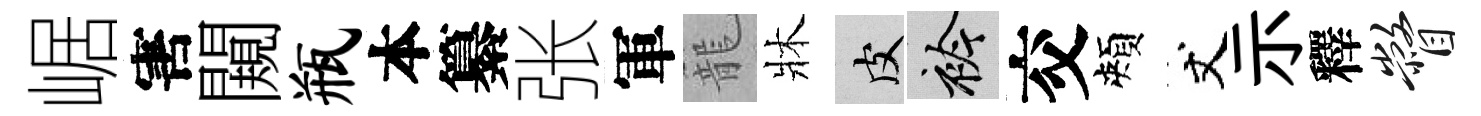
崌害闚瓶本纂张軍籠牀皮衿交頰丈示釋瞥